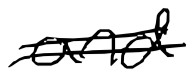
Text: and
Cross-out: double-line
Writing tool: digital_black